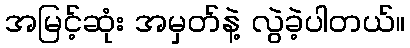
အမြင့်ဆုံး အမှတ်နဲ့ လွဲခဲ့ပါတယ်။